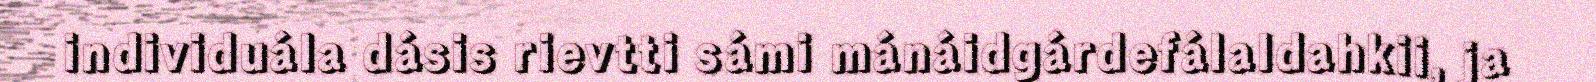
individuála dásis rievtti sámi mánáidgárdefálaldahkii, ja